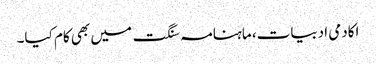
اکادمی ادبیات، ماہنامہ سنگت میں بھی کام کیا۔